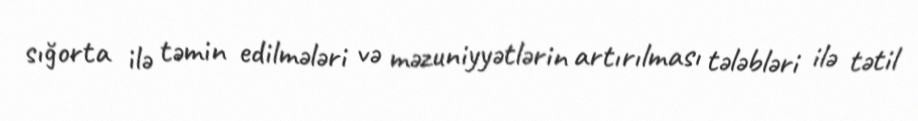
sığorta ilə təmin edilmələri və məzuniyyətlərin artırılması tələbləri ilə tətil